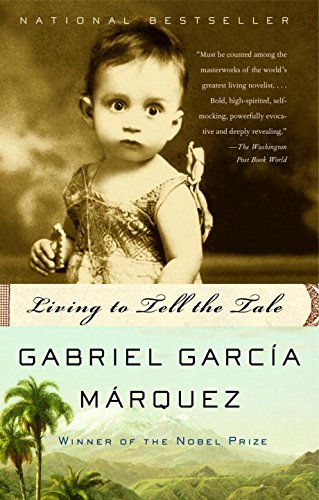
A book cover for Living to Tell the Tale; Gabriel GarcÃ­a MÃ¡rquez; Literature & Fiction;